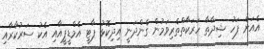
އެއަށް ފަހު ޝިދާތާ ހަރަކާތްތެރިވަމުން ގެންދަނީ އިދިކޮޅު ޕާޓީ އެމްޑީޕީއާއި އެކު ސަރުކާރާއި